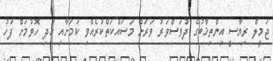
ޖަމީލް ރިޔާސީ އިންތިޚާބުގެ ދުވަސްވަރު ވަރަށް މަަސައްކަތްކުރެއްވި ކަމަށާއި އަދި ހޮވުމަށް ފަހު